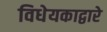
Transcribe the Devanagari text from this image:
विधेयकाद्वारे